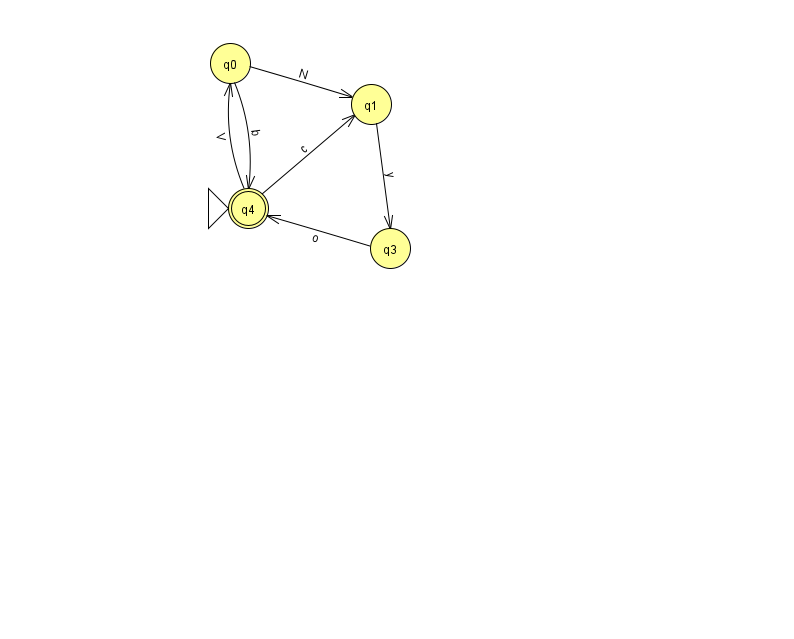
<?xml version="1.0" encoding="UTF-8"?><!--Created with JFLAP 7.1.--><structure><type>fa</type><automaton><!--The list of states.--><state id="0" name="q0"><x>230.0</x><y>50.0</y></state><state id="1" name="q1"><x>371.0</x><y>91.0</y></state><state id="3" name="q3"><x>390.0</x><y>235.0</y></state><state id="4" name="q4"><x>248.0</x><y>195.0</y><initial/><final/></state><!--The list of transitions.--><transition><from>1</from><to>3</to><read>y</read></transition><transition><from>0</from><to>1</to><read>N</read></transition><transition><from>4</from><to>0</to><read>V</read></transition><transition><from>4</from><to>1</to><read>c</read></transition><transition><from>0</from><to>4</to><read>b</read></transition><transition><from>3</from><to>4</to><read>o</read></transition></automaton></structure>